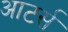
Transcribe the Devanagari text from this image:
आटर्स